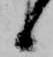
候